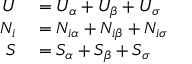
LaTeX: \begin{array} { r l } { U } & { { } = U _ { \alpha } + U _ { \beta } + U _ { \sigma } } \\ { N _ { i } } & { { } = N _ { i \alpha } + N _ { i \beta } + N _ { i \sigma } } \\ { S } & { { } = S _ { \alpha } + S _ { \beta } + S _ { \sigma } } \end{array}